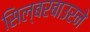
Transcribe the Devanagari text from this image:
सिल्बरबाउरने